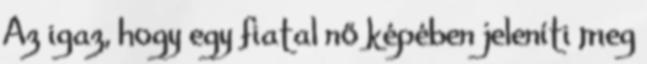
Az igaz, hogy egy fiatal nő képében jeleníti meg